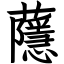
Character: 蘟